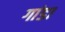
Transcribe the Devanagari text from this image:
गांडा